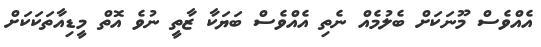
އެއްވެސް މޫނަކަށް ބެލުމެއް ނެތި އެއްވެސް ބަޔަކާ ޒާތީ ނުވެ އޮތް މީޑިއާތަކަކަށް